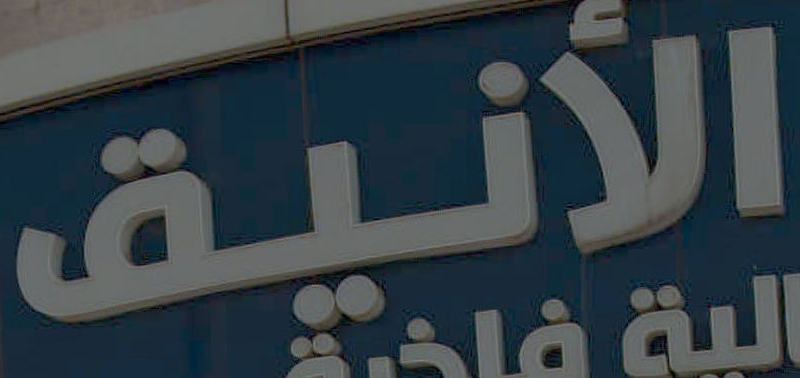
الأنيق